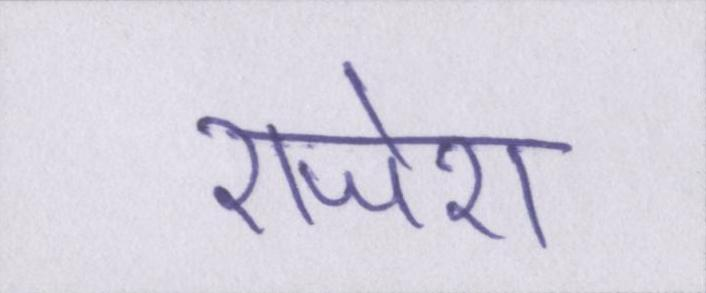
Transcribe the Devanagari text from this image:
राजेश